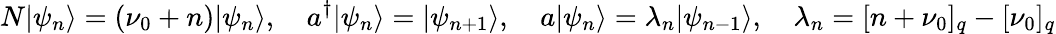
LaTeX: N|\psi_{n}\rangle=(\nu_{0}+n)|\psi_{n}\rangle,\quad a^{\dagger}|\psi_{n}\rangle=|\psi_{n+1}\rangle,\quad a|\psi_{n}\rangle=\lambda_{n}|\psi_{n-1}\rangle,\quad\lambda_{n}=[n+\nu_{0}]_{q}-[\nu_{0}]_{q}